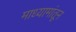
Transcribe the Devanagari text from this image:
माध्यामांतून